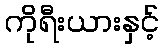
ကိုရီးယားနှင့်